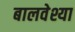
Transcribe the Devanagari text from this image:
बालवेश्या